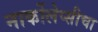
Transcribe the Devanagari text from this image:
नार्कोलेप्सीचा